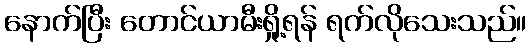
နောက်ပြီး တောင်ယာမီးရှို့ရန် ရက်လိုသေးသည်။